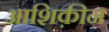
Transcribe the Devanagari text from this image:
आशिक़ीन